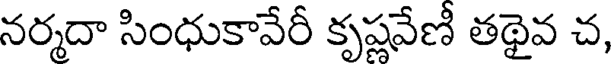
నర్మదా సింధుకావేరీ కృష్ణవేణీ తథైవ చ,